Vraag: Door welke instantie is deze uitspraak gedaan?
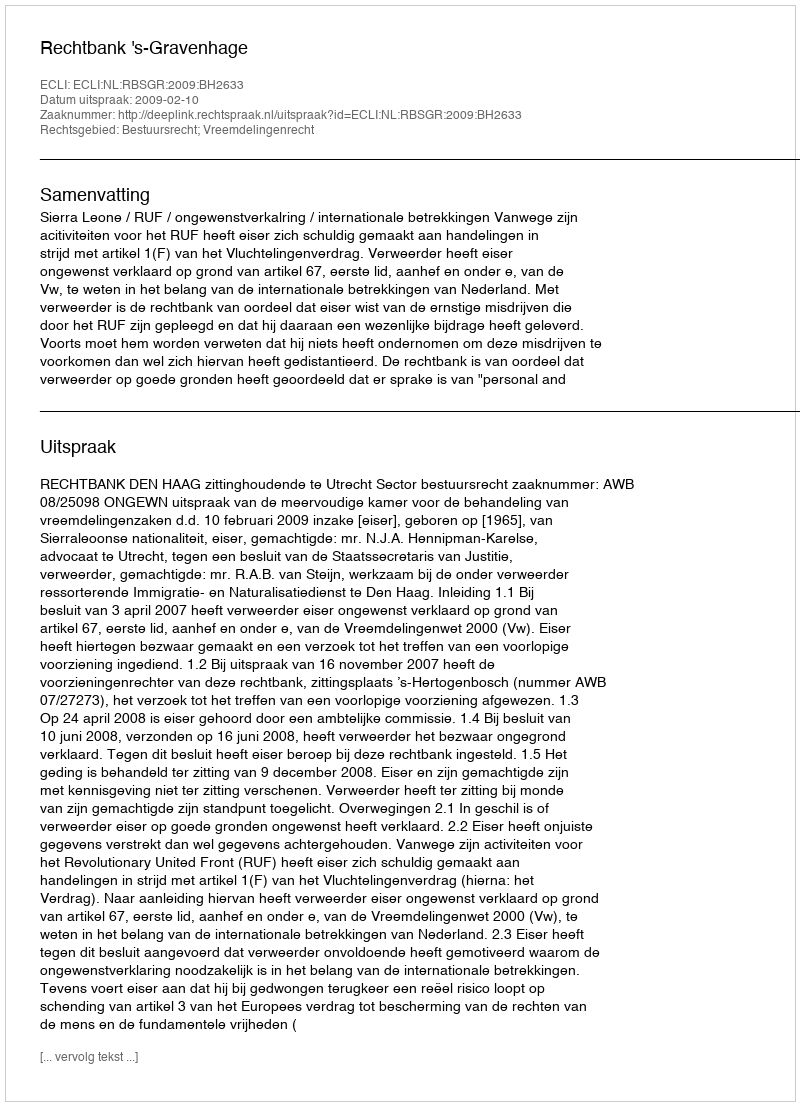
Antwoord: Rechtbank 's-Gravenhage